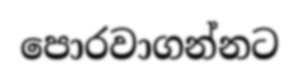
පොරවාගන්නට